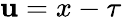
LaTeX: \mathbf{u}=x-\tau